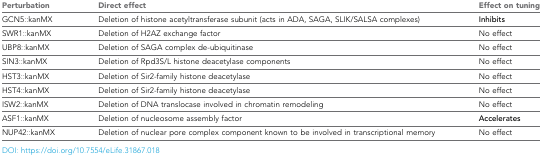
<table><thead><tr><td><b>Perturbation</b></td><td><b>Direct effect</b></td><td><b>Effect on tuning</b></td></tr></thead><tbody><tr><td>GCN5::kanMX</td><td>Deletion of histone acetyltransferase subunit (acts in ADA, SAGA, SLIK/SALSA complexes)</td><td><b>Inhibits</b></td></tr><tr><td>SWR1::kanMX</td><td>Deletion of H2AZ exchange factor</td><td>No effect</td></tr><tr><td>UBP8::kanMX</td><td>Deletion of SAGA complex de-ubiquitinase</td><td>No effect</td></tr><tr><td>SIN3::kanMX</td><td>Deletion of Rpd3S/L histone deacetylase components</td><td>No effect</td></tr><tr><td>HST3::kanMX</td><td>Deletion of Sir2-family histone deacetylase</td><td>No effect</td></tr><tr><td>HST4::kanMX</td><td>Deletion of Sir2-family histone deacetylase</td><td>No effect</td></tr><tr><td>ISW2::kanMX</td><td>Deletion of DNA translocase involved in chromatin remodeling</td><td>No effect</td></tr><tr><td>ASF1::kanMX</td><td>Deletion of nucleosome assembly factor</td><td><b>Accelerates</b></td></tr><tr><td>NUP42::kanMX</td><td>Deletion of nuclear pore complex component known to be involved in transcriptional memory</td><td>No effect</td></tr></tbody></table>